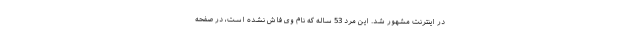
در اینترنت مشهور شد. این مرد 53 ساله که نام وی فاش نشده است، در صفحه